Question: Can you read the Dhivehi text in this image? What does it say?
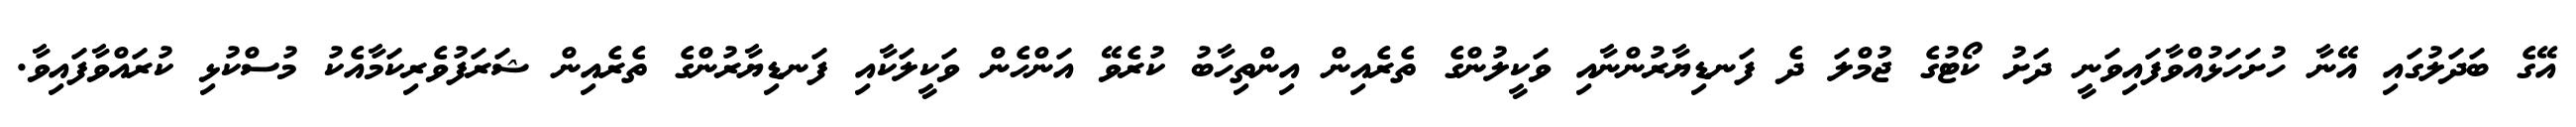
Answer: އޭގެ ބަދަލުގައި އޭނާ ހުށަހަޅުއްވާފައިވަނީ ދަށު ކޯޓުގެ ޖުމްލަ ދެ ފަނޑިޔާރުންނާއި ވަކީލުންގެ ތެރެއިން އިންތިހާބު ކުރެވޭ އަންހެން ވަކީލަކާއި ފަނޑިޔާރުންގެ ތެރެއިން ޝަރަފުވެރިކަމާއެކު މުސްކުޅި ކުރައްވާފައިވާ.